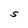
Character: S